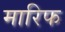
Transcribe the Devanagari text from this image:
मारिफ